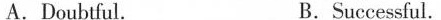
A.Doubtful. B.Successful.